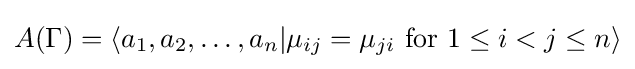
A(\Gamma )=\left\langle a_{1},a_{2},\ldots ,a_{n}|\mu _{ij}=\mu _{ji}{\text{ for }}1\leq i<j\leq n\right\rangle